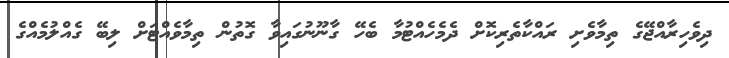
ދިވެހިރާއްޖޭގެ ތިމާވެށި ރައްކާތެރިކޮށް ދެމެހެއްޓުމާ ބެހޭ ގާނޫނުގައިވާ ގޮތުން ތިމާވެއްޓަށް ލިބޭ ގެއްލުމެއްގެ